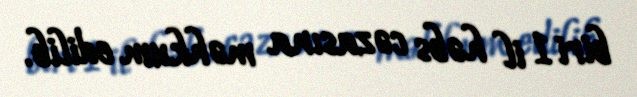
biri 1 il həbs cəzasına məhkum edilib.